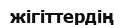
жігіттердің